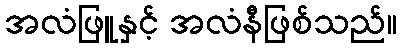
အလံဖြူနှင့် အလံနီဖြစ်သည်။